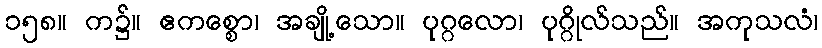
၁၅၈။ က၌။ ဧကစ္စော၊ အချို့သော။ ပုဂ္ဂလော၊ ပုဂ္ဂိုလ်သည်။ အကုသလံ၊